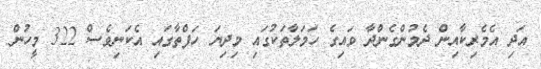
އަދި އެމެރިކާއިން ދެމުންގެންދާ ވައިގެ ހަމަލާތަކުގައި މިދިޔަ ހަފްތާގައި އެކަނިވެސް 322 މީހުން